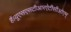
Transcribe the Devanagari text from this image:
हैं।यूएसएसटीआरऐटीसीओएम्